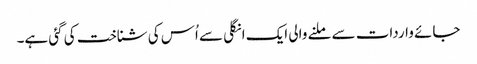
جائے واردات سے ملنے والی ایک انگلی سے اُس کی شناخت کی گئی ہے۔